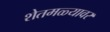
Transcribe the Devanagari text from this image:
शेतमळ्यावर